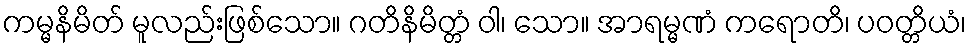
ကမ္မနိမိတ် မူလည်းဖြစ်သော။ ဂတိနိမိတ္တံ ဝါ၊ သော။ အာရမ္မဏံ ကရောတိ၊ ပဝတ္တိယံ၊